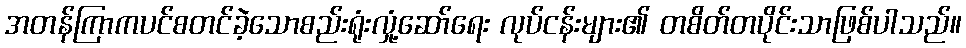
အတန်ကြာကပင်စတင်ခဲ့သောစည်းရုံးလှုံ့ဆော်ရေး လုပ်ငန်းများ၏ တစိတ်တပိုင်းသာဖြစ်ပါသည်။